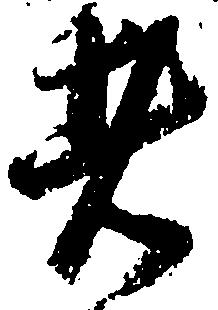
者